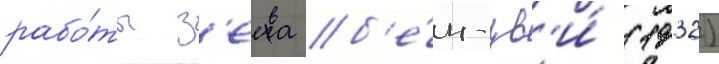
рабо́ты з'еева б'е́н-цв'и́ (1932)